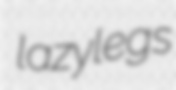
lazylegs